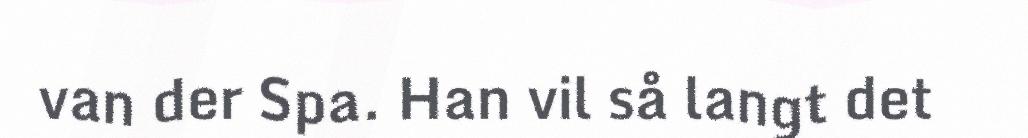
van der Spa. Han vil så langt det